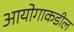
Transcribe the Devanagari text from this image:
आयोगाकडील